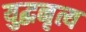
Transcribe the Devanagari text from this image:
युद्धनृत्य